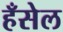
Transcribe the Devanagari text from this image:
हँसेल